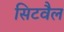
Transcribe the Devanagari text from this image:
सिटवैल